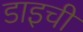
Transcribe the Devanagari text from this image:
डाइची